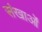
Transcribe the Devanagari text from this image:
संखाओं